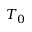
T _ { 0 }